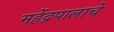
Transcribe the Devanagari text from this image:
महेंद्रपालाचे